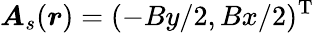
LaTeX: \boldsymbol{A}_{s}(\boldsymbol{r})=(-By/2,Bx/2)^{\mathrm{T}}